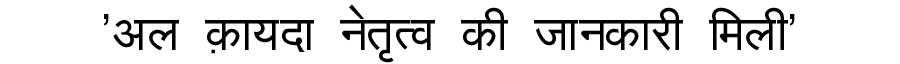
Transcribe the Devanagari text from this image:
'अल क़ायदा नेतृत्व की जानकारी मिली'